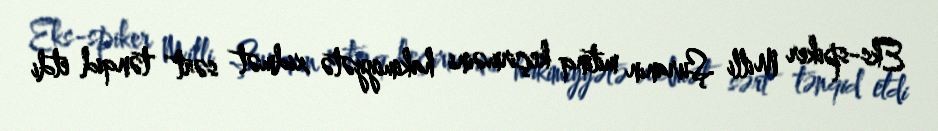
Eks-spiker Milli Şuranın mitinq keçirməini hakimiyyətə xidmət sərt tənqid etdi